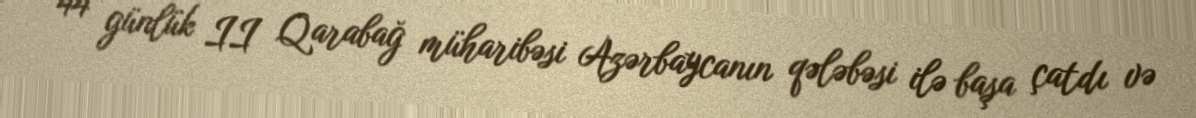
44 günlük II Qarabağ müharibəsi Azərbaycanın qələbəsi ilə başa çatdı və